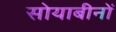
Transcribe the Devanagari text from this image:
सोयाबीनों